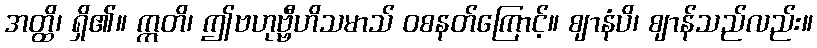
အတ္ထိ၊ ရှိ၏။ ဣတိ၊ ဤဗဟုဗ္ဗီဟိသမာသ် ဝစနတ်ကြောင့်။ ဈာနံပိ၊ ဈာန်သည်လည်း။